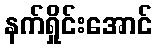
နက်ရှိုင်းအောင်